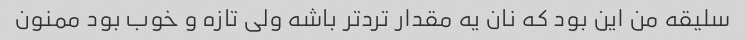
سلیقه من این بود که نان یه مقدار ترد‌تر باشه ولی تازه و خوب بود ممنون